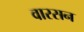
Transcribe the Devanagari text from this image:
वारसन